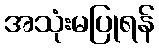
အသုံးမပြုရန်